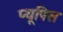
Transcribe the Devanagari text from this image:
प्यूपिस